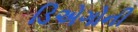
ડિએગોની